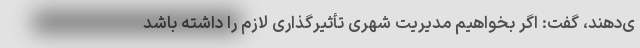
ی‌دهند، گفت: اگر بخواهیم مدیریت شهری تأثیرگذاری لازم را داشته باشد